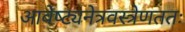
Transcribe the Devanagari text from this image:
आवेष्ट्यनेत्रवस्त्रेणततः